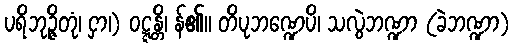
ပရိဘုဉ္ဇိတုံ၊ ငှာ၊) ဝဋ္ဋန္တိ၊ န်၏။ တိပုဘဏ္ဍေပိ၊ သလွဲဘဏ္ဍာ (ခဲဘဏ္ဍာ)